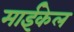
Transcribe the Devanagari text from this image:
माईकेल